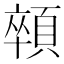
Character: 顇